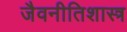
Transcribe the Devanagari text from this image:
जैवनीतिशास्त्र